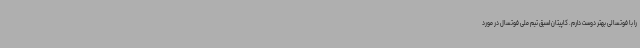
را با فوتسالی بهتر دوست دارم. کاپیتان اسبق تیم ملی فوتسال در مورد